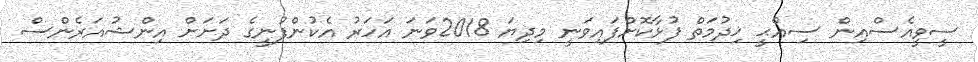
ސީވީއެސްއިން ސިއްޙީ ޚިދުމަތް ފުޅާކޮށްފައިވަނީ މިދިޔަ 2018ވަނަ އަހަރު އެކުންފުނީގެ ދަށަށް އިންޝުއަރެންސް